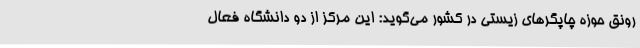
رونق حوزه چاپگرهای زیستی در کشور می‌گوید: این مرکز از دو دانشگاه فعال